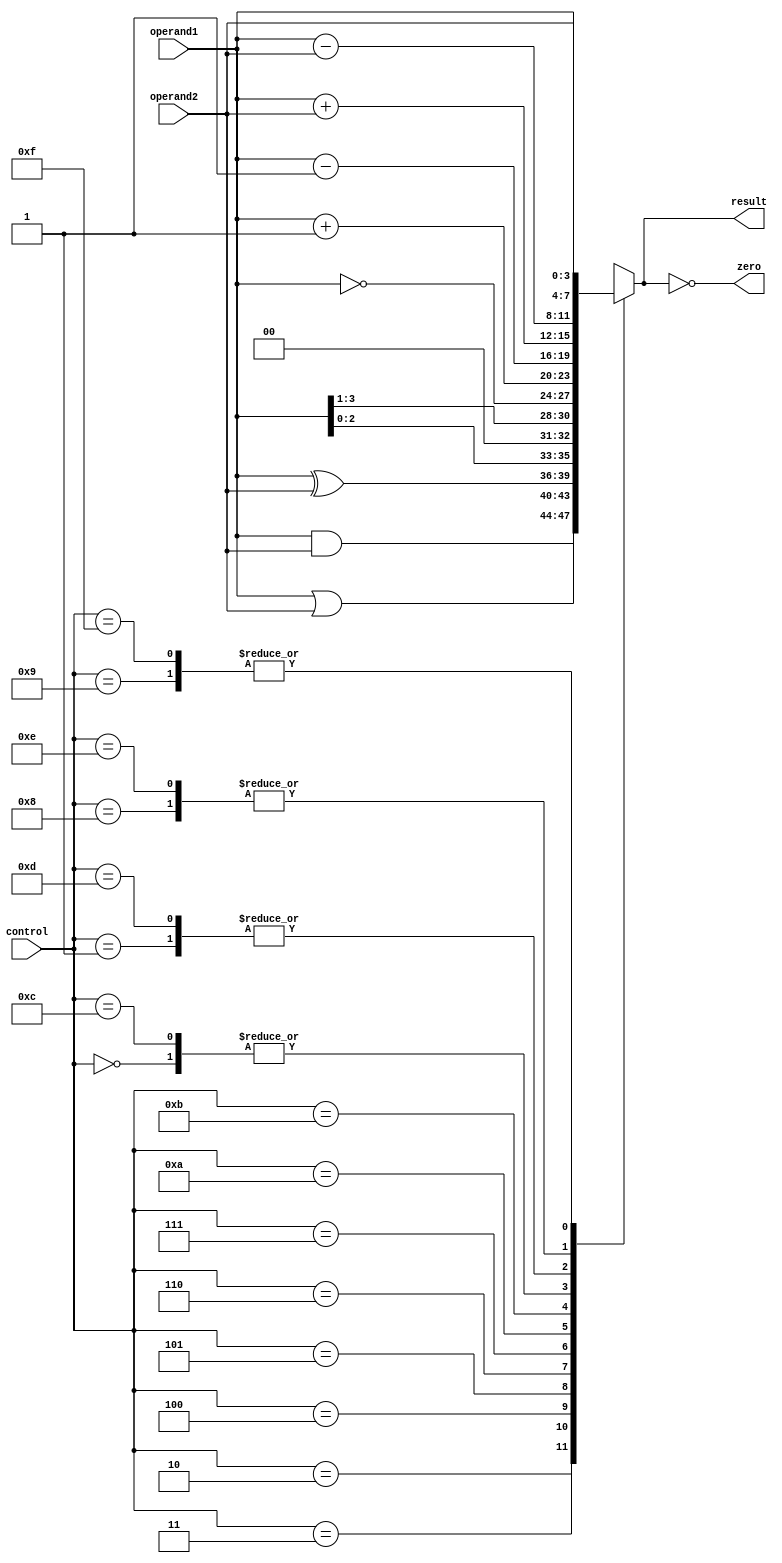
module ALU_4bit (
  input wire [3:0] operand1,
  input wire [3:0] operand2,
  input wire [3:0] control,
  output reg [3:0] result,
  output reg zero
);

  always @* begin
    case (control)
      4'b0000: result = operand1 + operand2; // Addition
      4'b0001: result = operand1 - operand2; // Subtraction
      4'b0010: result = operand1 & operand2; // Bitwise AND
      4'b0011: result = operand1 | operand2; // Bitwise OR
      4'b0100: result = operand1 ^ operand2; // Bitwise XOR
      4'b0101: result = operand1 << 1;       // Left shift operand1 by 1 bit
      4'b0110: result = operand1 >> 1;       // Right shift operand1 by 1 bit
      4'b0111: result = ~operand1;           // Bitwise NOT of operand1
      4'b1000: result = operand1;            // Operand1 unchanged
      4'b1001: result = operand2;            // Operand2 unchanged
      4'b1010: result = operand1 + 1;        // Increment operand1 by 1
      4'b1011: result = operand1 - 1;        // Decrement operand1 by 1
      4'b1100: result = operand1 + operand2; // Addition (same as 0000)
      4'b1101: result = operand1 - operand2; // Subtraction (same as 0001)
      4'b1110: result = operand1;            // Operand1 unchanged (same as 1000)
      4'b1111: result = operand2;            // Operand2 unchanged (same as 1001)
      default: result = 4'b0000;              // Default output (all zeros)
    endcase
    
    zero = (result == 4'b0000); // Set zero flag if result is zero
  end
  
endmodule